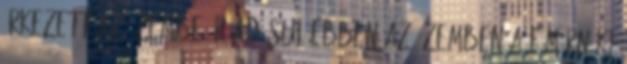
érkezett az üzembe, ráadásul ebben az üzemben a főmérnöki